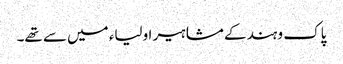
پاک و ہند کے مشاہیر اولیاء میں سے تھے۔